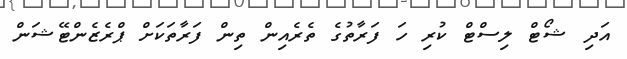
އަދި ޝޯޓް ލިސްޓް ކުރި ހަ ފަރާތުގެ ތެރެއިން ތިން ފަރާތަކަށް ޕްރެޒެންޓޭޝަން